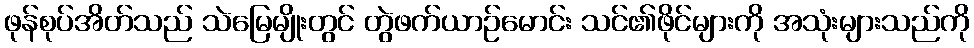
ဖုန်စုပ်အိတ်သည် သဲမြေမျိုးတွင် တွဲဖက်ယာဉ်မောင်း သင်၏ဖိုင်များကို အသုံးများသည်ကို